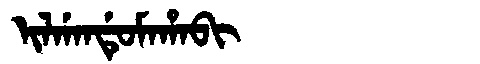
Manchu: ᡳᠯᡤᠠᠨᡩᡠᠮᠠᡥᠠᠪᡳ
Romanization: ILGANDUMAHABI